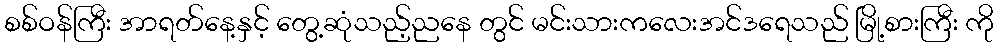
စစ်ဝန်ကြီး အာရတ်နေ့နှင့် တွေ့ဆုံသည့်ညနေ တွင် မင်းသားကလေးအင်ဒရေသည် မြို့စားကြီး ကို